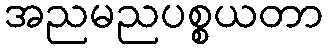
အညမညပစ္စယတာ